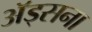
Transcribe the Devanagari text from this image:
अॅड्सना